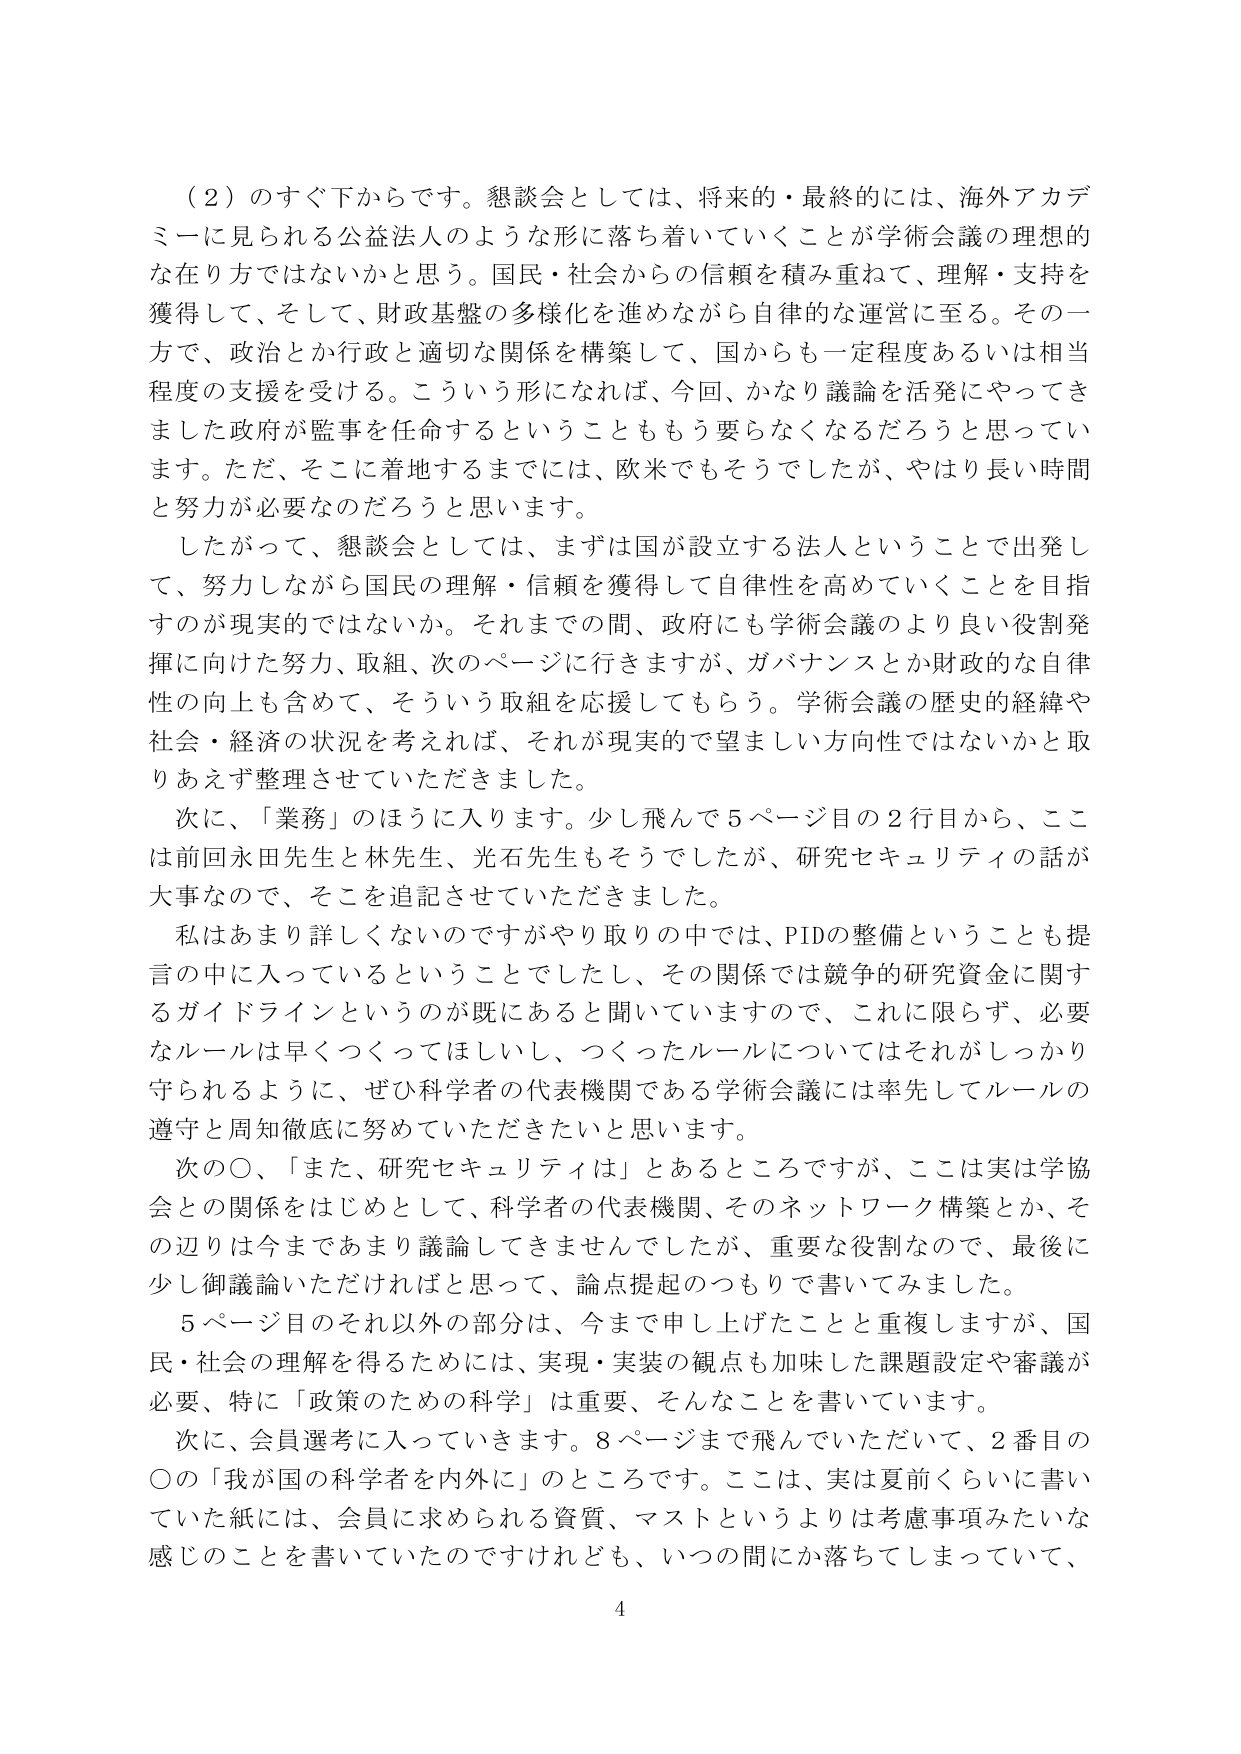
（２）のすぐ下からです。懇談会としては、将来的・最終的には、海外アカデミーに見られる公益法人のような形に落ち着いていくことが学術会議の理想的な在り方ではないかと思う。国民・社会からの信頼を積み重ねて、理解・支持を獲得して、そして、財政基盤の多様化を進めながら自律的な運営に至る。その一方で、政治とか行政と適切な関係を構築して、国からも一定程度あるいは相当程度の支援を受ける。こういう形になれば、今回、かなり議論を活発にやってきました政府が監事を任命するということももう要らなくなるだろうと思っています。ただ、そこに着地するまでには、欧米でもそうでしたが、やはり長い時間と努力が必要なのだろうと思います。

したがって、懇談会としては、まずは国が設立する法人ということで出発して、努力しながら国民の理解・信頼を獲得して自律性を高めていくことを目指すのが現実的ではないか。それまでの間、政府にも学術会議のより良い役割発揮に向けた努力、取組、次のページに行きますが、ガバナンスとか財政的な自律性の向上も含めて、そういう取組を応援してもらう。学術会議の歴史的経緯や社会・経済の状況を考えれば、それが現実的で望ましい方向性ではないかと取りあえず整理させていただきました。

次に、「業務」のほうに入ります。少し飛んで５ページ目の２行目から、ここは前回永田先生と林先生、光石先生もそうでしたが、研究セキュリティの話が大事なので、そこを追記させていただきました。

私はあまり詳しくないのですがやり取りの中では、PIDの整備ということも提言の中に入っているということでしたし、その関係では競争的研究資金に関するガイドラインというのが既にあると聞いていますので、これに限らず、必要なルールは早くつくってほしいし、つくったルールについてはそれがしっかり守られるように、ぜひ科学者の代表機関である学術会議には率先してルールの遵守と周知徹底に努めていただきたいと思います。

次の〇、「また、研究セキュリティは」とあるところですが、ここは実は学協会との関係をはじめとして、科学者の代表機関、そのネットワーク構築とか、その辺りは今まであまり議論してきませんでしたが、重要な役割なので、最後に少し御議論いただければと思って、論点提起のつもりで書いてみました。

５ページ目のそれ以外の部分は、今まで申し上げたことと重複しますが、国民・社会の理解を得るためには、実現・実装の観点も加味した課題設定や審議が必要、特に「政策のための科学」は重要、そんなことを書いています。

次に、会員選考に入っていきます。８ページまで飛んでいただいて、２番目の〇の「我が国の科学者を内外に」のところです。ここは、実は夏前くらいに書いていた紙には、会員に求められる資質、マストというよりは考慮事項みたいな感じのことを書いていたのですけれども、いつの間にか落ちてしまっていて、
4